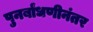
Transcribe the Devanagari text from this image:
पुनर्बांधणीनंतर